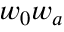
w _ { 0 } w _ { a }